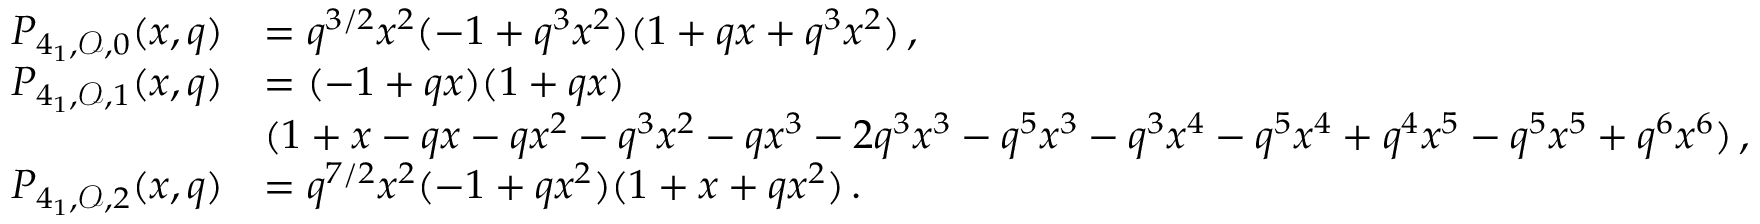
\begin{array} { r l } { P _ { 4 _ { 1 } , \mathcal O , 0 } ( x , q ) } & { = q ^ { 3 / 2 } x ^ { 2 } ( - 1 + q ^ { 3 } x ^ { 2 } ) ( 1 + q x + q ^ { 3 } x ^ { 2 } ) \, , } \\ { P _ { 4 _ { 1 } , \mathcal O , 1 } ( x , q ) } & { = ( - 1 + q x ) ( 1 + q x ) } \\ & { ( 1 + x - q x - q x ^ { 2 } - q ^ { 3 } x ^ { 2 } - q x ^ { 3 } - 2 q ^ { 3 } x ^ { 3 } - q ^ { 5 } x ^ { 3 } - q ^ { 3 } x ^ { 4 } - q ^ { 5 } x ^ { 4 } + q ^ { 4 } x ^ { 5 } - q ^ { 5 } x ^ { 5 } + q ^ { 6 } x ^ { 6 } ) \, , } \\ { P _ { 4 _ { 1 } , \mathcal O , 2 } ( x , q ) } & { = q ^ { 7 / 2 } x ^ { 2 } ( - 1 + q x ^ { 2 } ) ( 1 + x + q x ^ { 2 } ) \, . } \end{array}